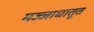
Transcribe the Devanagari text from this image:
मज्जाधातूत